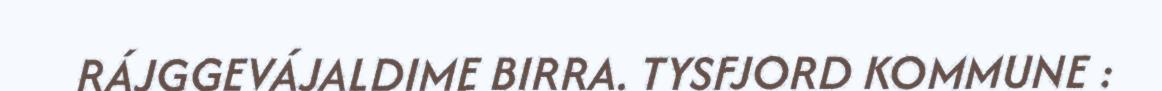
RÁJGGEVÁJALDIME BIRRA. TYSFJORD KOMMUNE :